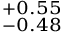
^ { + 0 . 5 5 } _ { - 0 . 4 8 }